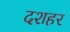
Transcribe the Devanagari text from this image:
दशहर